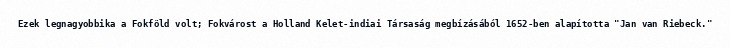
Ezek legnagyobbika a Fokföld volt; Fokvárost a Holland Kelet-indiai Társaság megbízásából 1652-ben alapította "Jan van Riebeck."